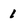
Character: 1